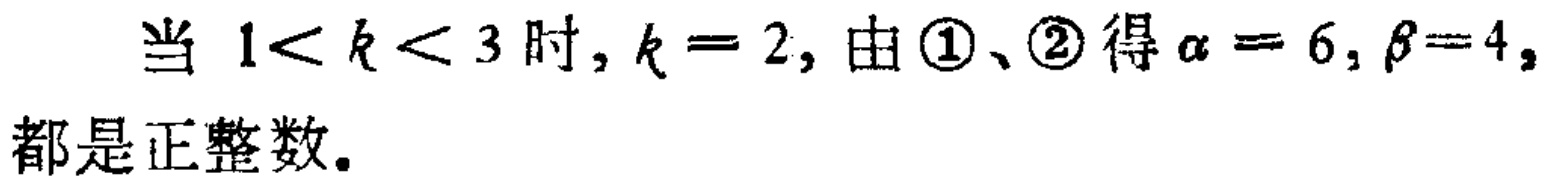
当 \(1<k<3\) 时, \(k = 2\), 由 \(\textcircled{1}\)、\(\textcircled{2}\) 得 \(\alpha = 6, \beta=4\), 都是正整数。